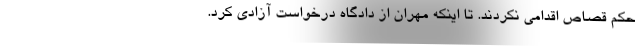
حکم قصاص اقدامی نکردند. تا اینکه مهران از دادگاه درخواست آزادی کرد.